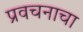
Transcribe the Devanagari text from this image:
प्रवचनाचा